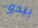
يبدو